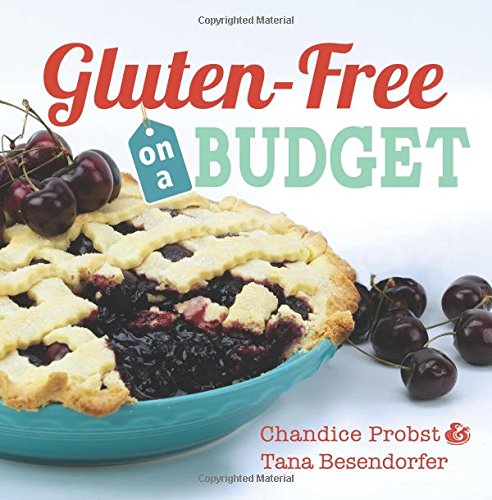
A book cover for Gluten-Free on a Budget; Chandice Probst and Tana Besendorfer; Cookbooks, Food & Wine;